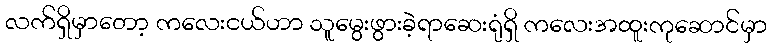
လက်ရှိမှာတော့ ကလေးငယ်ဟာ သူမွေးဖွားခဲ့ရာဆေးရုံရှိ ကလေးအထူးကုဆောင်မှာ